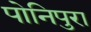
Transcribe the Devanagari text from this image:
पोनिपुरा